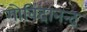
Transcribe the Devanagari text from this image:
गोविंदानन्द